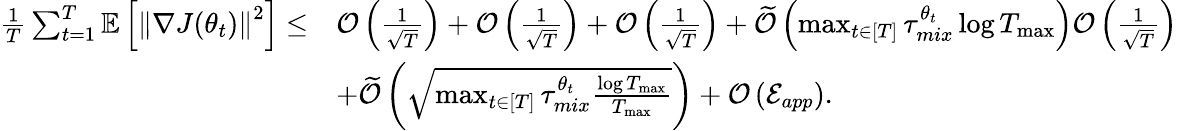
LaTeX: \begin{array}{rl}{\frac{1}{T}\sum_{t=1}^{T}\mathbb{E}\left[\left\lVert\nabla J(\theta_{t})\right\rVert^{2}\right]\leq}&{\mathcal{O}\left(\frac{1}{\sqrt{T}}\right)+\mathcal{O}\left(\frac{1}{\sqrt{T}}\right)+\mathcal{O}\left(\frac{1}{\sqrt{T}}\right)+\widetilde{\mathcal{O}}\left(\operatorname*{max}_{t\in[T]}\tau_{mix}^{\theta_{t}}\log T_{\operatorname*{max}}\right)\mathcal{O}\left(\frac{1}{\sqrt{T}}\right)}\\ &{+\widetilde{\mathcal{O}}\left(\sqrt{\operatorname*{max}_{t\in[T]}\tau_{mix}^{\theta_{t}}\frac{\log T_{\operatorname*{max}}}{T_{\operatorname*{max}}}}\right)+\mathcal{O}\left(\mathcal{E}_{app}\right).}\end{array}